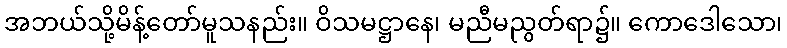
အဘယ်သို့မိန့်တော်မူသနည်း။ ဝိသမဋ္ဌာနေ၊ မညီမညွတ်ရာ၌။ ကောဒေါသော၊